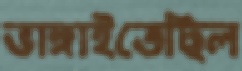
ভাঙ্গাইতেছিল